Civil Veterinary Department. Central Provinces & Berar 1925-31 - 1925-1931
Year: 1925
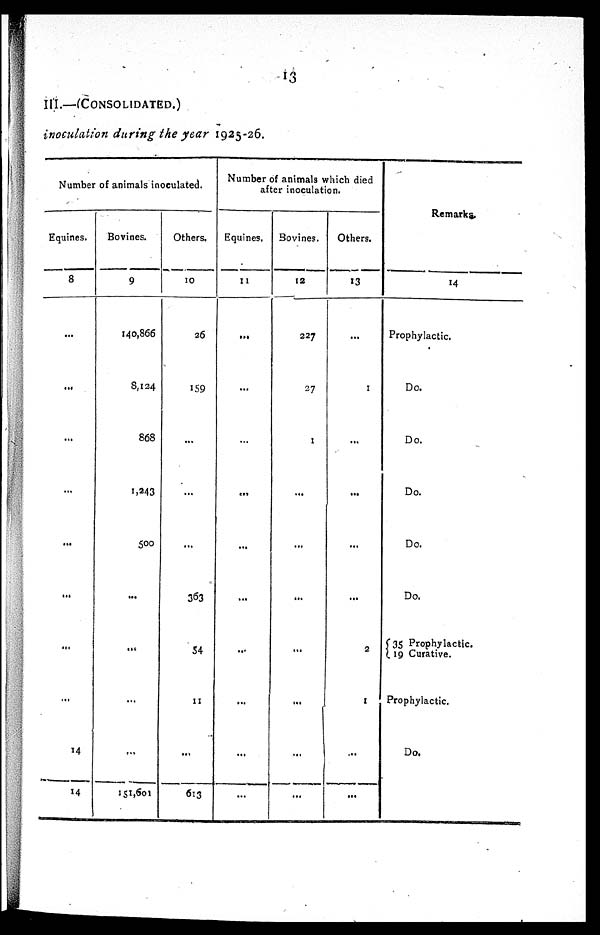
13
III.—(CONSOLIDATED.)
inoculation during the year 1925-26.
Number of animals inoculated.
Equines.
8
...
...
...
...
...
...
...
...
14
14
Bovines.
9
140,866
8,124
868
1,243
500
...
...
...
...
151,601
Others.
10
26
159
...
...
...
363
54
11
...
613
Number of animals which died
after inoculation.
Equines.
11
...
...
...
...
...
...
...
...
...
...
Bovines.
12
227
27
1
...
...
...
...
...
...
...
Others.
13
...
1
...
...
...
...
2
1
...
...
Remarks.
14
Prophylactic.
Do.
Do.
Do.
Do.
Do.
35 Prophylactic.
19 Curative.
Prophylactic.
Do.